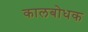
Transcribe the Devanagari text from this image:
कालबोधक